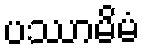
ပဿာမိမံ